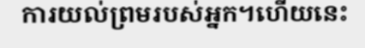
ការយល់ព្រមរបស់អ្នក។ហើយនេះ